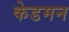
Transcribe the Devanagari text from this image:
केडमन